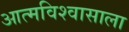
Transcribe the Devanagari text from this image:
आत्मविश्वासाला